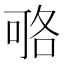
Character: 𠶱